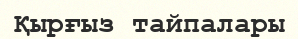
Қырғыз тайпалары